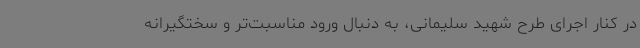
در کنار اجرای طرح شهید سلیمانی، به دنبال ورود مناسبت‌تر و سختگیرانه